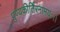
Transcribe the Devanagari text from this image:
पुण्यकीर्तिरनामयः।।